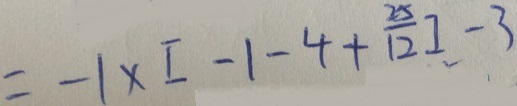
= - 1 \times [ - 1 - 4 + \frac { 2 5 } { 1 2 } ] - 3